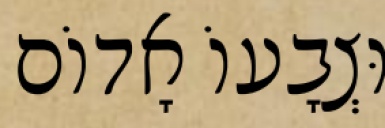
וּצְבָעוֹ אָדוֹם